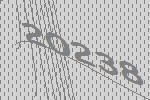
20238